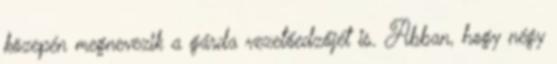
közepén megnevezik a gárda vezetőedzőjét is. Abban, hogy négy